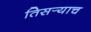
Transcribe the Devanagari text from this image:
तिसर्‍याच